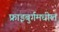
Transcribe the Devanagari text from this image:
फ्राइबुर्गमधील